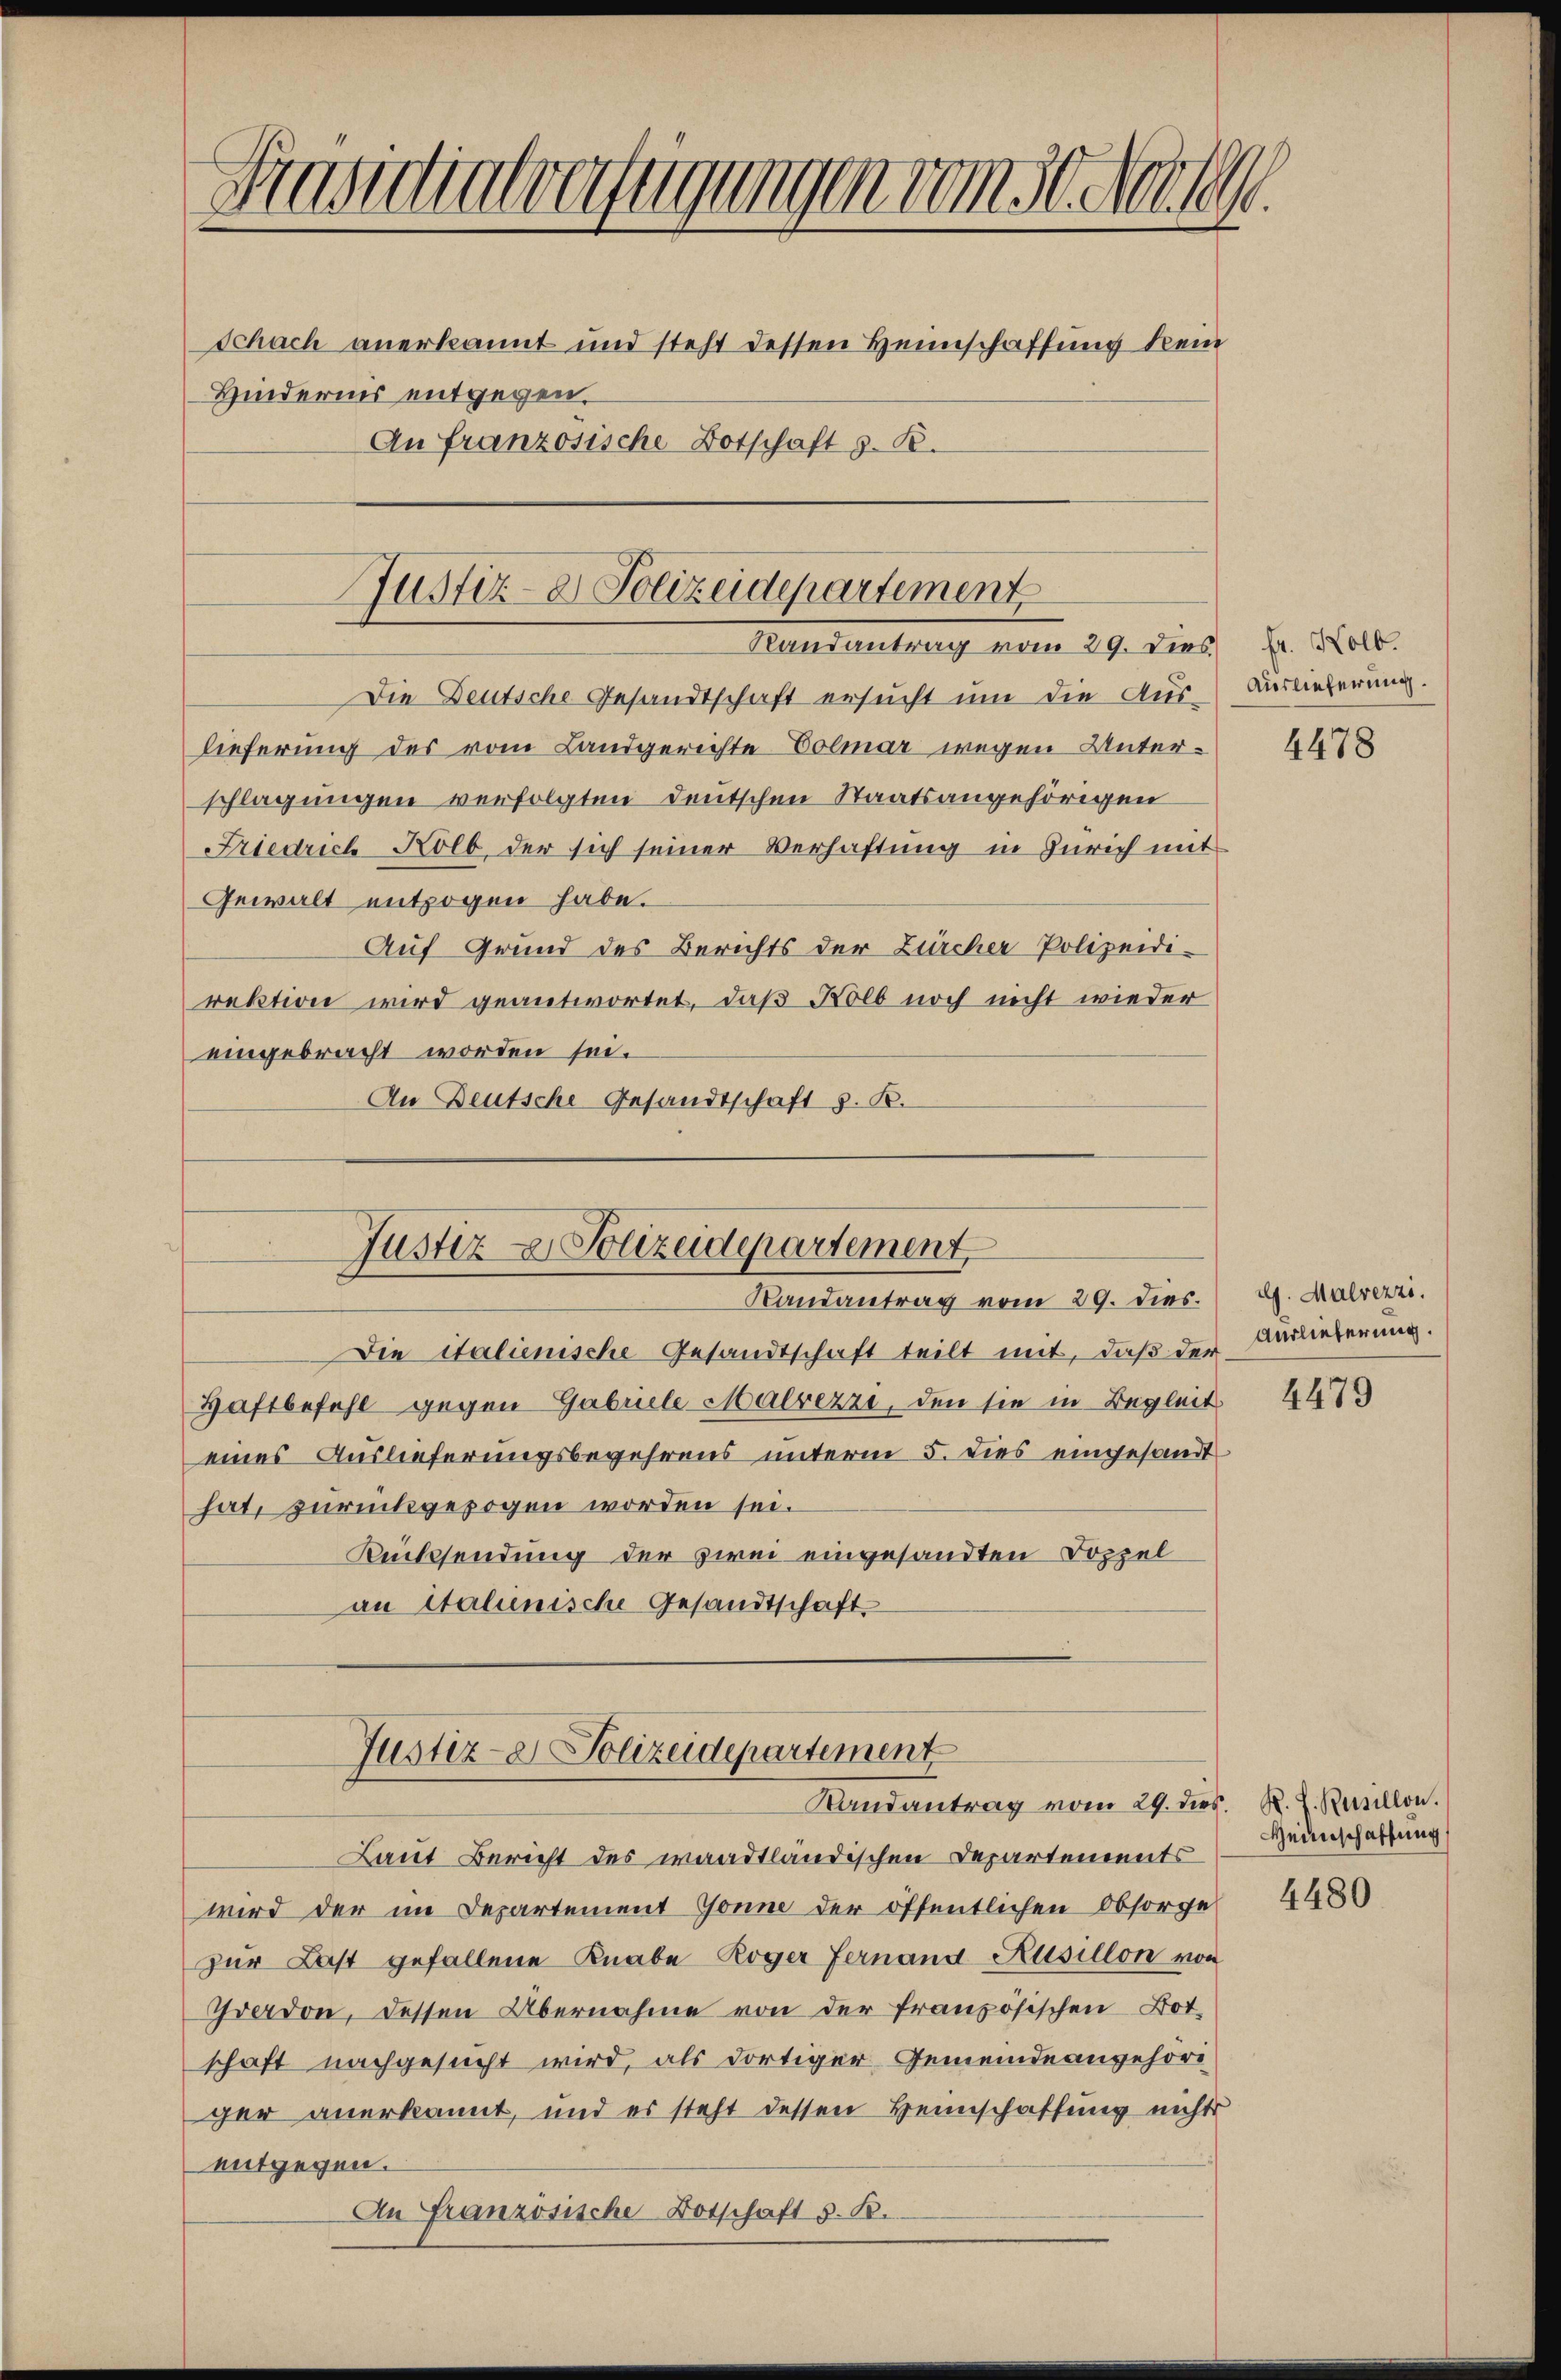
Grandialverfügungen vom 30. Nel 1891.
Schach anerkannt und steht dessen Heimschaffung kein
Hinderner entgegen.
An französische Botschaft z. B.

Justiz- & Polizeidepartement
Keldeutung vom 29. Dies

Die Deutsche Gesandtschaft ersucht um die Aus-
lieferung des vom Landgerichte Colmar wegen Unterschlagungen verfolgten Deutschen Staatsangehörigen
Friedrich Kolb der sich seiner Verhaftung in Zürich mit
Gewalt entzogen habe.
Auf Grund des Berichts der Zürcher Polizeidirektion wird geantwortet, daß Nolb noch nicht wieder
eingebracht worden sei.
An Deutsche Gesandtschaft z. B.
Die italienische Gesandtschaft teilt mit, daß der
Haftbefehl gegen Gabriele Malrezzi, den sie in Begleit
eines Auslieferungsbegehrens unterm 5. dies eingesandt
hat, zurückgezogen worden sei.
Rücksendung der zwei eingesandten Doppel
an Italienische Gesandtschaft
Justiz- & Polizeidepartement
Randantrag vom 29. dies R. Z. Raillon.
Laut Bericht des waadtländischen Departements
wird der im Departement Gönne der öffentlichen Obsorge
zur Last gefallene Knabe Roger Fernand Rusillon von
Yverdon, dessen Übernahme von der französischen Botschaft nachgesucht wird, als dortiger Gemeindeangehöri
ger anerkannt, und es steht dessen Heimschaffung nichts
entgegen.
An Französische Botschaft d. R.

Justiz & Polizeidepartement,
Landantrag vom 29. Dies.

Fr. Kolb.
Auslieferung.

4478

dg. Malvezzi.
Auslieferung.

4479

Heimschaffung

4480